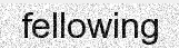
fellowing